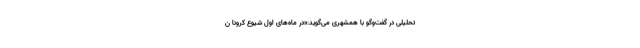
تحلیلی در گفت‌وگو با همشهری می‌گوید‌:«در ماه‌های اول شیوع کرونا ن